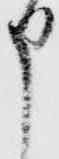
申